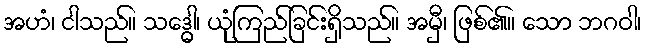
အဟံ၊ ငါသည်။ သဒ္ဓေါ၊ ယုံကြည်ခြင်းရှိသည်။ အမှီ၊ ဖြစ်၏။ သော ဘဂဝါ၊